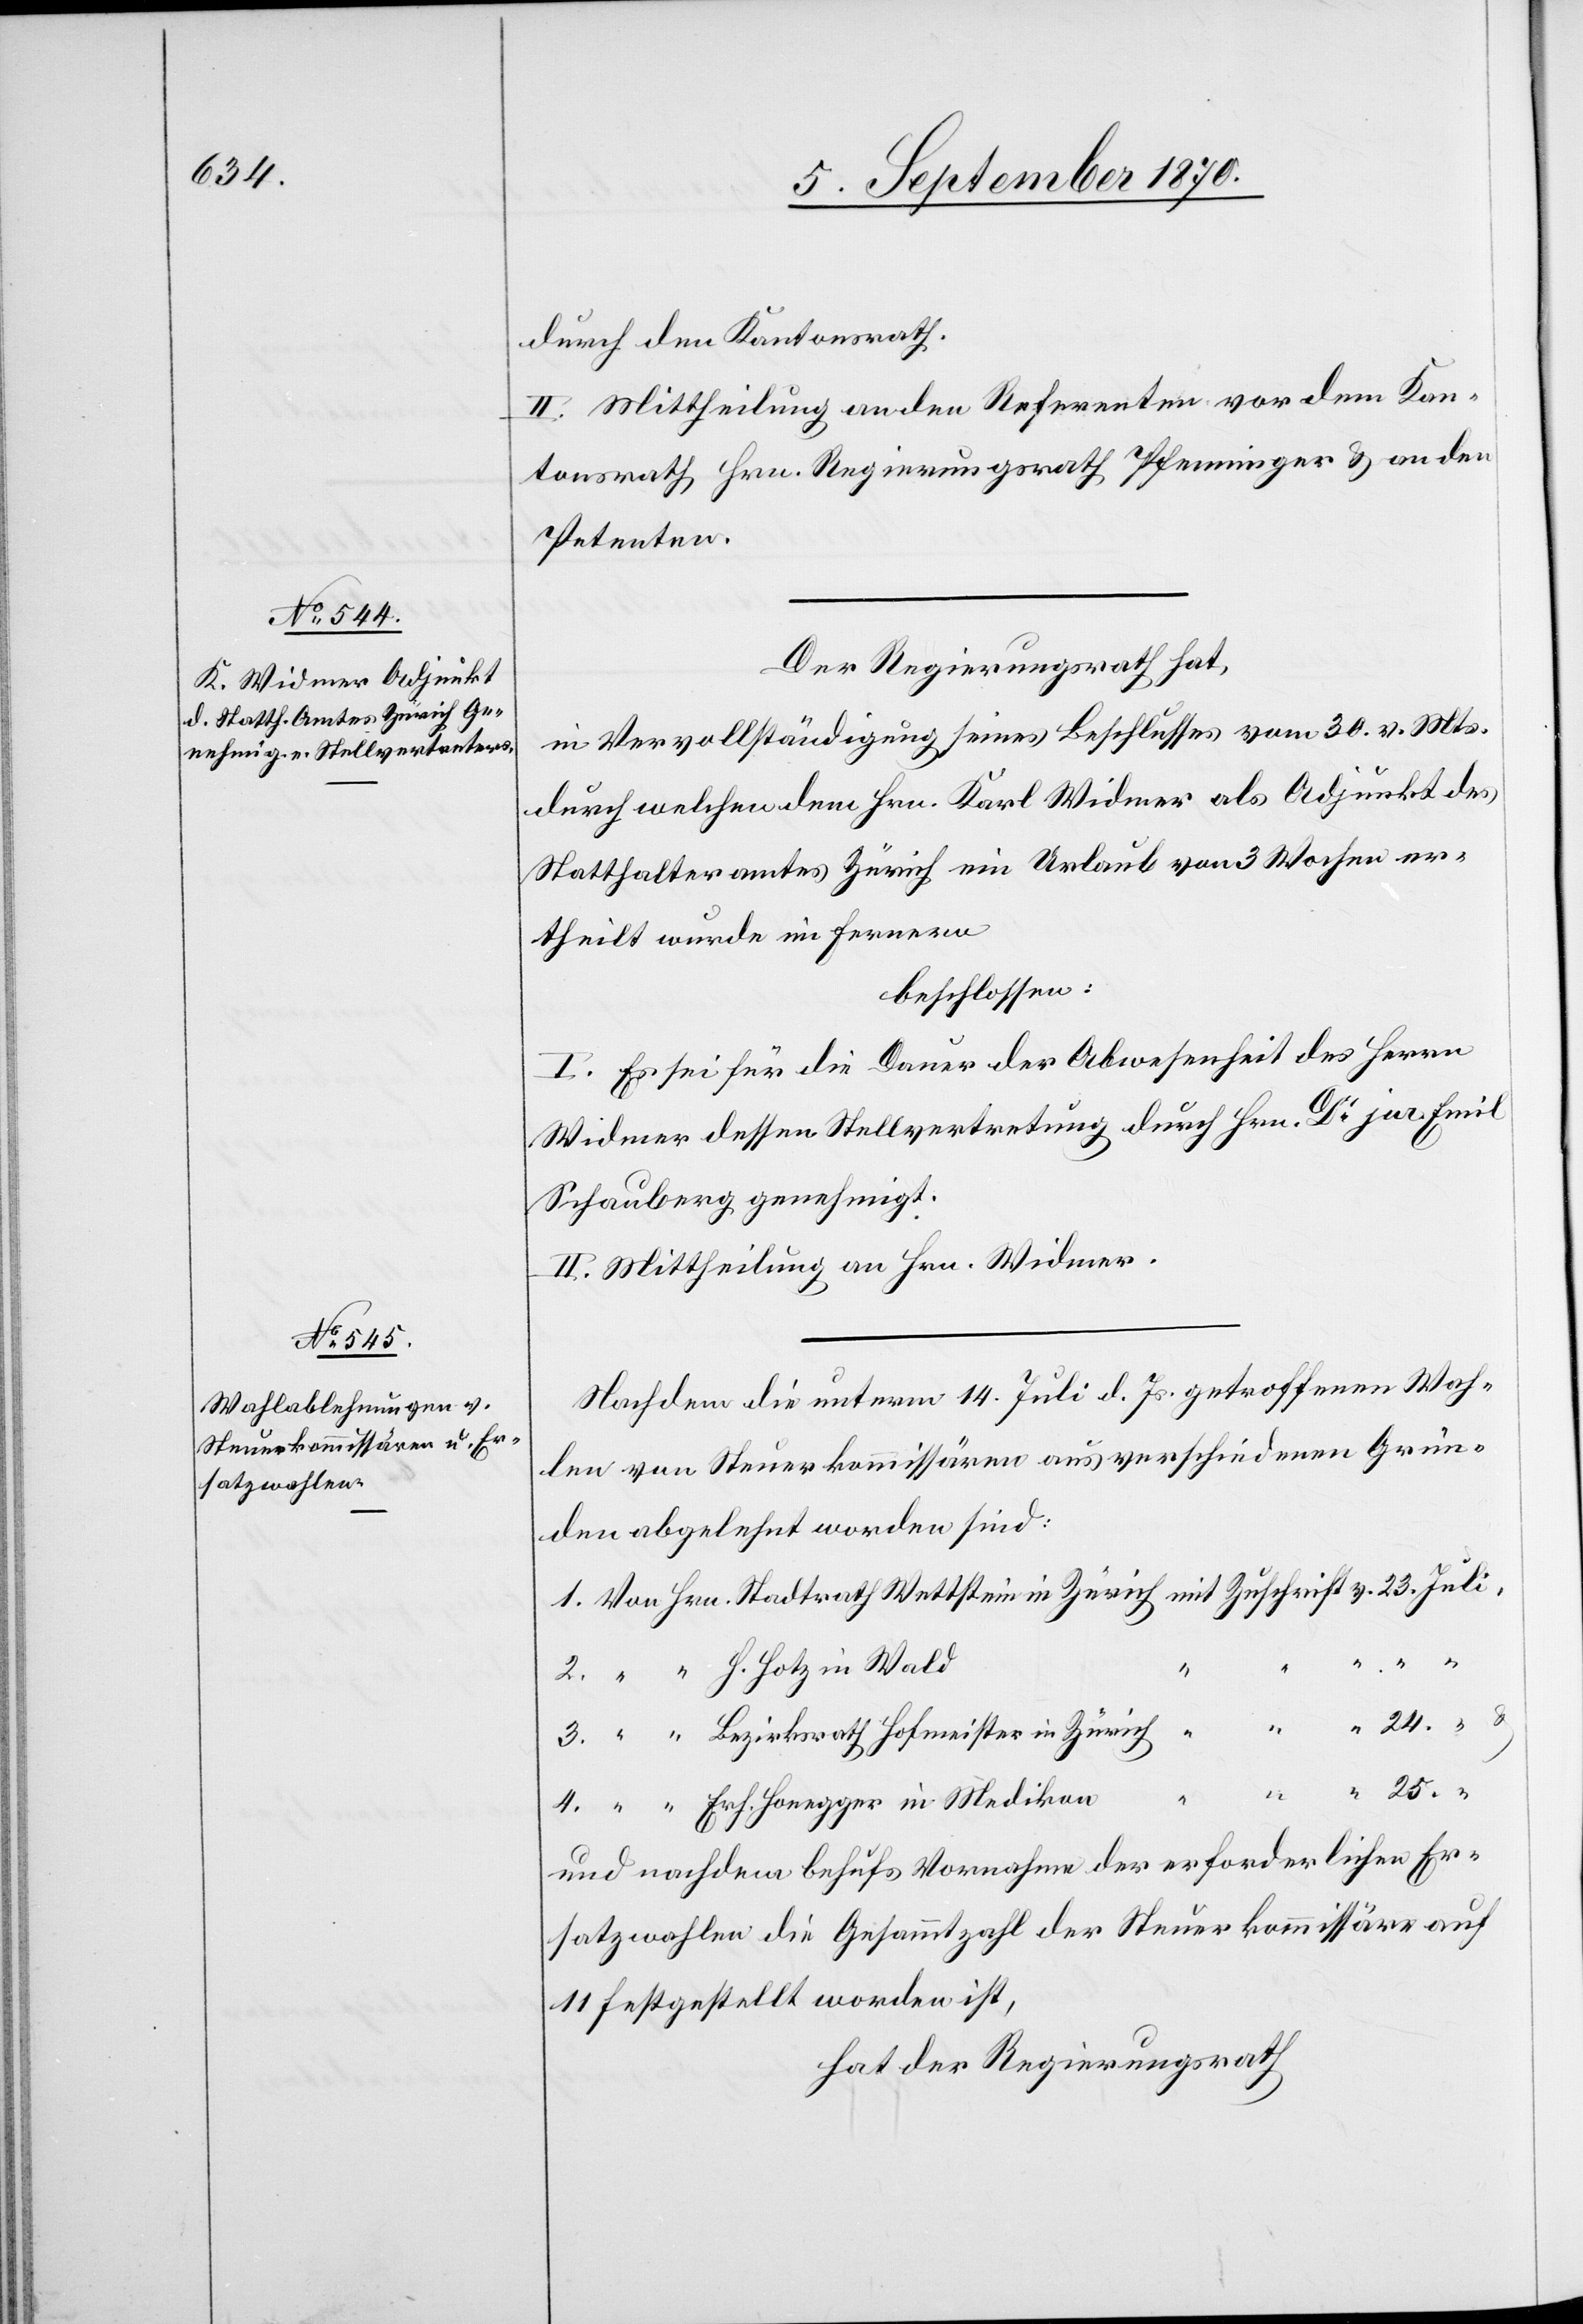
durch den Kantonsrath.
II. Mittheilung an den Referenten vor dem Kan¬
tonsrath Hrn. Regierungsrath Pfenninger & an den
Petenten.
Der Regierungsrath hat,
in Vervollständigung seines Beschlusses vom 30. v. Mts.
durch welchen dem Hrn. Karl Widmer als Adjunkt des
Statthalteramtes Zürich ein Urlaub von 3 Wochen er¬
theilt wurde, im Fernern
beschlossen:
I. Es sei für die Dauer der Abwesenheit des Herrn
Widmer dessen Stellvertretung durch Hrn. Dr jur. Emil
Schauberg genehmigt.
II. Mittheilung an Hrn. Widmer.
Nachdem die unterm 14. Juli d. Js. getroffenen Wah¬
len von Steuerkommissären aus verschiedenen Grün¬
den abgelehnt worden sind:
und nachdem behufs Vornahme der erforderlichen Er¬
satzwahlen die Gesammtzahl der Steuerkommissäre auf
11 festgestellt worden ist,
hat der Regierungsrath